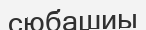
сюбашиы